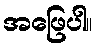
အဖြေပါ။